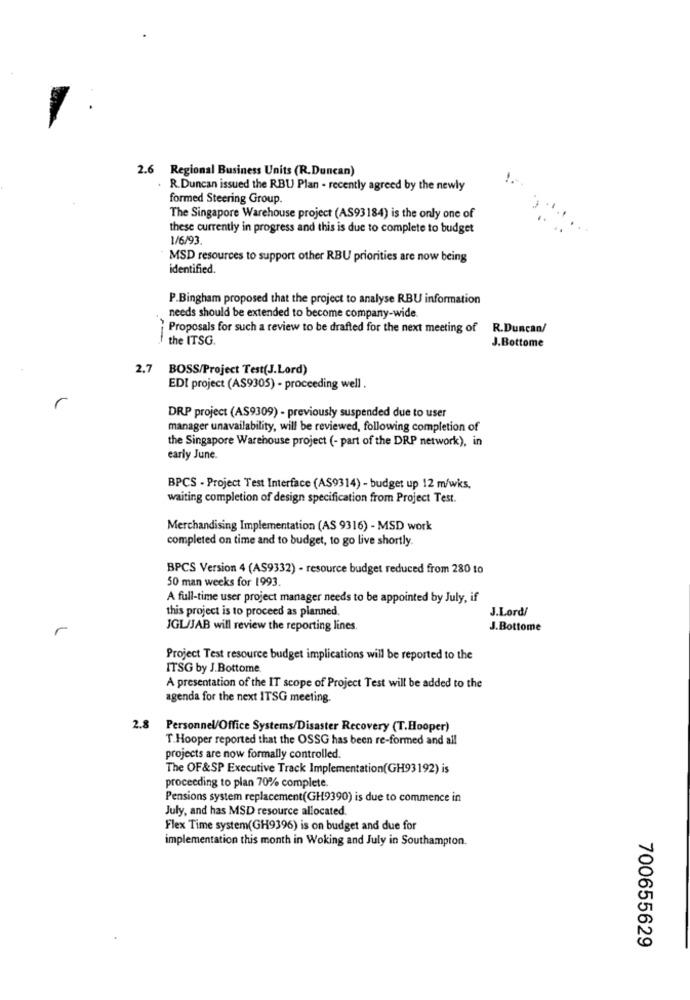
2.6 Regional Business Units (R.Duncan)
R.Duncan issued the RBU Plan - recently agreed by the newly
formed Steering Group.
The Singapore Warehouse project (AS93184) is the only one of
these currently in progress and this is due to complete to budget
1/6/93
MSD resources to support other RBU priorities are now being
identified.
P.Bingham proposed that the project to analyse RBU information
needs should be extended to become company-wide.
Proposals for such a review to be drafted for the next meeting of R.Duncan/
the ITSG.
J.Bottome
2.7
BOSS/Project Test(J.Lord)
EDI project (AS9305) - proceeding well .
r
DRP project (AS9309) - previously suspended due to user
manager unavailability, will be reviewed, following completion of
the Singapore Warehouse project (- part of the DRP network), in
early June.
BPCS - Project Test Interface (AS9314) - budget up 12 m/wks.
waiting completion of design specification from Project Test.
Merchandising Implementation (AS 9316) - MSD work
completed on time and to budget, to go live shortly.
BPCS Version 4 (AS9332) - resource budget reduced from 280 to
50 man weeks for 1993.
A full-time user project manager needs to be appointed by July, if
this project is to proceed as planned.
J.Lord/
r
JGL/JAB will review the reporting lines.
J.Bottome
Project Test resource budget implications will be reported to the
ITSG by J. Bottome.
A presentation of the IT scope of Project Test will be added to the
agenda for the next ITSG meeting.
2.8
Personnel/Office Systems/Disaster Recovery (T.Hooper)
T.Hooper reported that the OSSG has been re-formed and all
projects are now formally controlled.
The OF&SP Executive Track Implementation(GH93192) is
proceeding to plan 70% complete.
Pensions system replacement(GH9390) is due to commence in
July, and has MSD resource allocated.
Flex Time system(GH9396) is on budget and due for
implementation this month in Woking and July in Southampton.
700655629